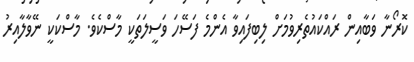
ކޮރޯނާ ވަބާއިން ރައްކައުތެރިވުމަށް ލިބިފައިވާ އެންމެ ފަސޭހަ ވަސީލަތަކީ މާސްކެވެ. މާސްކަކީ ނޭވާލާއިރު